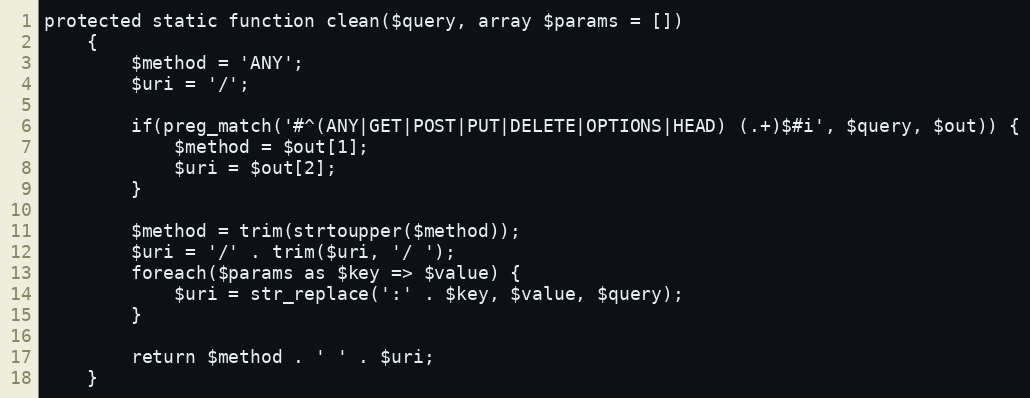
Language: PHP
protected static function clean($query, array $params = [])
    {
        $method = 'ANY';
        $uri = '/';

        if(preg_match('#^(ANY|GET|POST|PUT|DELETE|OPTIONS|HEAD) (.+)$#i', $query, $out)) {
            $method = $out[1];
            $uri = $out[2];
        }

        $method = trim(strtoupper($method));
        $uri = '/' . trim($uri, '/ ');
        foreach($params as $key => $value) {
            $uri = str_replace(':' . $key, $value, $query);
        }

        return $method . ' ' . $uri;
    }